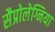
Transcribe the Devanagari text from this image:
सैप्रोलेग्निया